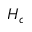
H _ { c }